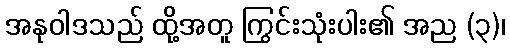
အနုဝါဒသည် ထို့အတူ ကြွင်းသုံးပါး၏ အည (၃)၊